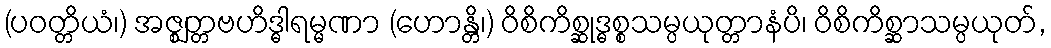
(ပဝတ္တိယံ၊) အဇ္ဈတ္တဗဟိဒ္ဓါရမ္မဏာ (ဟောန္တိ၊) ဝိစိကိစ္ဆုဒ္ဓစ္စသမ္ပယုတ္တာနံပိ၊ ဝိစိကိစ္ဆာသမ္ပယုတ်,